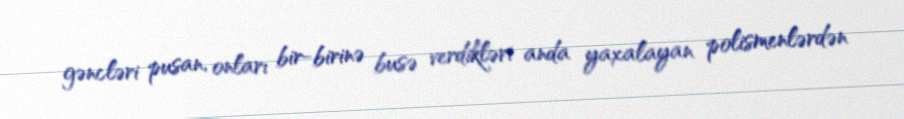
gəncləri pusan, onları bir-birinə busə verdikləri anda yaxalayan polismenlərdən